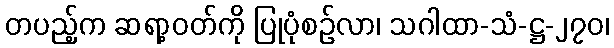
တပည့်က ဆရာ့ဝတ်ကို ပြုပုံစဉ်လာ၊ သဂါထာ-သံ-ဋ္ဌ-၂၇၀၊